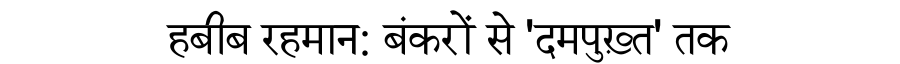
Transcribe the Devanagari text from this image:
हबीब रहमान: बंकरों से 'दमपुख़्त' तक